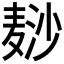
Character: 𱋘